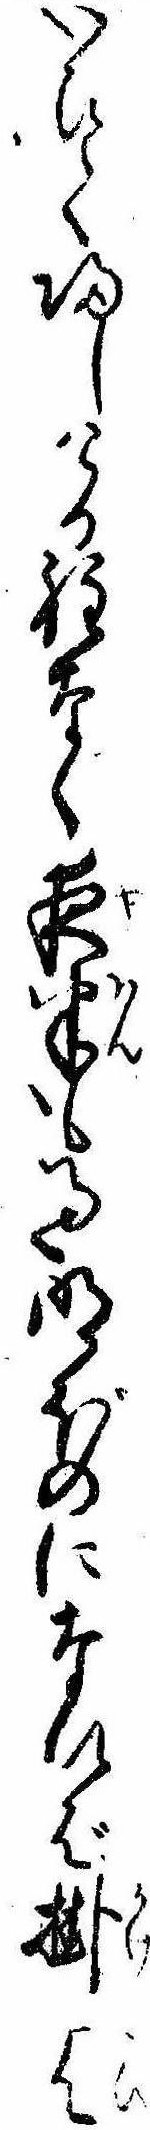
いひて帰しける程なく夜半も過明ぼのになれば掛乞